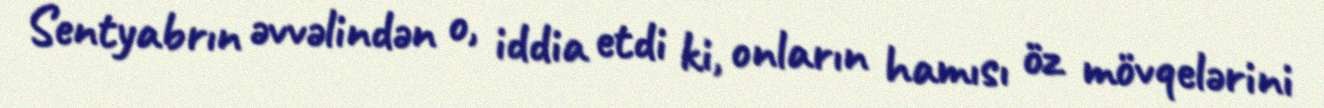
Sentyabrın əvvəlindən o, iddia etdi ki, onların hamısı öz mövqelərini